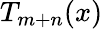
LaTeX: T_{m+n}(x)